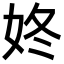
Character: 㚵